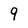
Character: 9